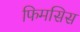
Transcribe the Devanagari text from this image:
फिमसिस